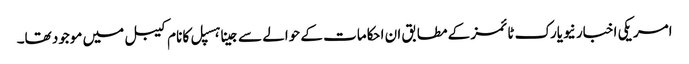
امریکی اخبار نیویارک ٹائمز کے مطابق ان احکامات کے حوالے سےجینا ہسپل کا نام کیبل میں موجود تھا۔